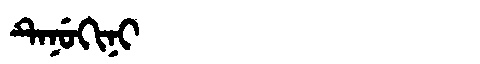
Manchu: ᡨᡝᠨᡠᡴᡳᠨᡳ
Romanization: TENUKINI